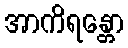
အာကိရန္တော